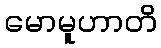
မောမူဟာတိ